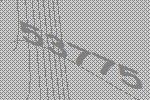
53775